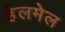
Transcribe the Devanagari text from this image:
हेलमेल